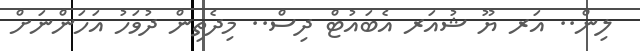
ލިން.. އަރ ޔޫ ޝުއަރ އެބައުޓް ދިސް.. މިދެތިން ދުވަހު އަހަންނަށް